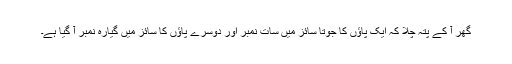
گھر آ کے پتہ چلا کہ ایک پاؤں کا جوتا سائز میں سات نمبر اور دوسرے پاؤں کا سائز میں گیارہ نمبر آ گیا ہے۔